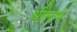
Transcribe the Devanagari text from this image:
श्रीलाभ